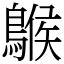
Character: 䳧